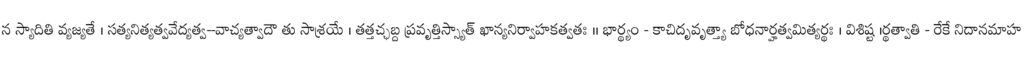
న స్యాదితి వ్యజ్యతే । సత్యనిత్యత్వవేద్యత్వ--వాచ్యత్వాదౌ తు సాశ్రయే । తత్తచ్ఛబ్ద ప్రవృత్తిస్స్యాత్ ఖాన్యనిర్వాహకత్వతః ।। భార్థ్యం - కాచిదృవృత్త్యా బోధనార్హత్వమిత్యర్థః । విశిష్ట ।ర్థత్వాతి - రేకే నిదానమాహ